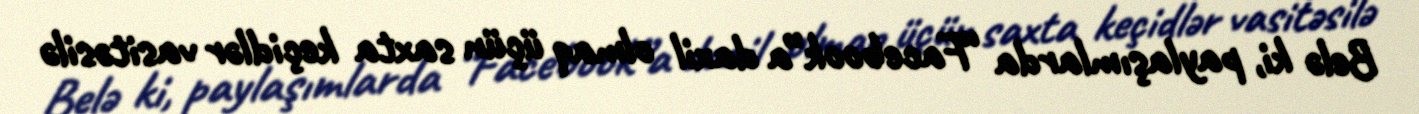
Belə ki, paylaşımlarda “Facebook”a daxil olmaq üçün saxta keçidlər vasitəsilə